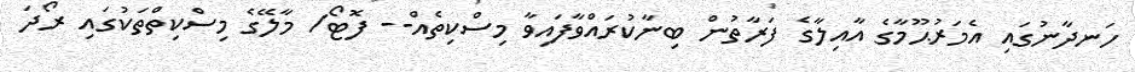
ހަނދާނުގައި އެމަރުޙޫމާގެ އާއިލާގެ ފަރާތުން ބިނާކުރައްވާފައިވާ މިސްކިތެއް-- ފޮޓޯ/ މާލޭގެ މިސްކިތްތަކުގައި ރޯދަ